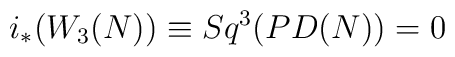
i_*(W_3(N))\equiv Sq^3(PD(N))=0